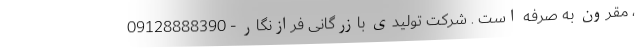
، مقرون به صرفه است . شرکت تولیدی بازرگانی فرازنگار - 09128888390